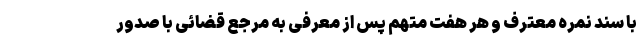
با سند نمره معترف و هر هفت متهم پس از معرفی به مرجع قضائی با صدور